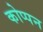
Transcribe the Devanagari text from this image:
कोप्पन